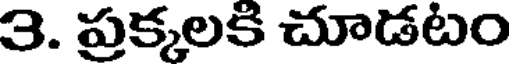
3. ప్రక్కలకి చూడటం